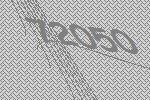
72050